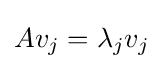
{\textstyle Av_{j}=\lambda _{j}v_{j}}